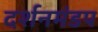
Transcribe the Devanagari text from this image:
दर्शनमंडप